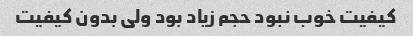
کیفیت خوب نبود حجم زیاد بود ولی بدون کیفیت